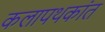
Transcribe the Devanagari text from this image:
कलापथकांत